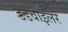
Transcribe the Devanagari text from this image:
डडवाइलर